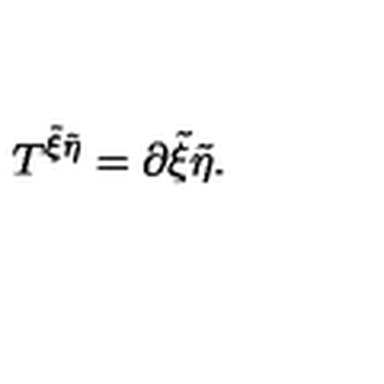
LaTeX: T ^ { { \tilde { \xi } } { \tilde { \eta } } } = \partial { \tilde { \xi } } { \tilde { \eta } } .